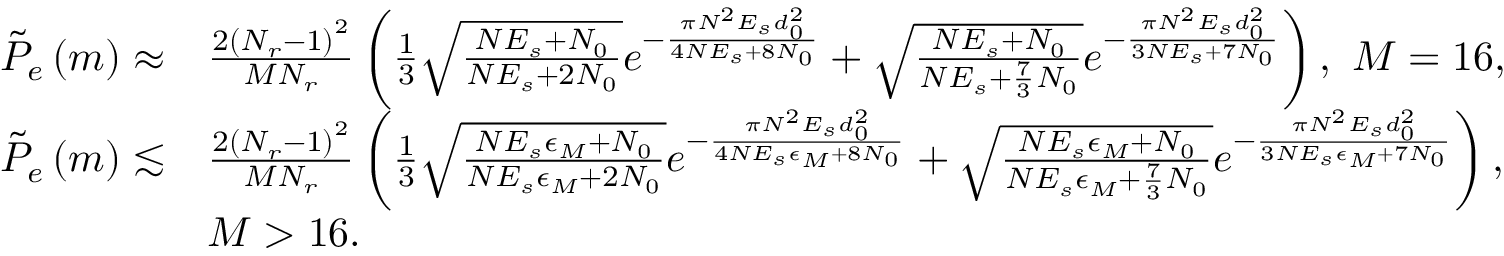
\begin{array} { r l } { \tilde { P } _ { e } \left( m \right) \approx } & { \frac { 2 \left( N _ { r } - 1 \right) ^ { 2 } } { M N _ { r } } \left( \frac { 1 } { 3 } \sqrt { \frac { N E _ { s } + N _ { 0 } } { N E _ { s } + 2 N _ { 0 } } } e ^ { - \frac { \pi N ^ { 2 } E _ { s } d _ { 0 } ^ { 2 } } { 4 N E _ { s } + 8 N _ { 0 } } } + \sqrt { \frac { N E _ { s } + N _ { 0 } } { N E _ { s } + \frac { 7 } { 3 } N _ { 0 } } } e ^ { - \frac { \pi N ^ { 2 } E _ { s } d _ { 0 } ^ { 2 } } { 3 N E _ { s } + 7 N _ { 0 } } } \right) , \ M = 1 6 , } \\ { \tilde { P } _ { e } \left( m \right) \lesssim } & { \frac { 2 \left( N _ { r } - 1 \right) ^ { 2 } } { M N _ { r } } \left( \frac { 1 } { 3 } \sqrt { \frac { N E _ { s } \epsilon _ { M } + N _ { 0 } } { N E _ { s } \epsilon _ { M } + 2 N _ { 0 } } } e ^ { - \frac { \pi N ^ { 2 } E _ { s } d _ { 0 } ^ { 2 } } { 4 N E _ { s } \epsilon _ { M } + 8 N _ { 0 } } } + \sqrt { \frac { N E _ { s } \epsilon _ { M } + N _ { 0 } } { N E _ { s } \epsilon _ { M } + \frac { 7 } { 3 } N _ { 0 } } } e ^ { - \frac { \pi N ^ { 2 } E _ { s } d _ { 0 } ^ { 2 } } { 3 N E _ { s } \epsilon _ { M } + 7 N _ { 0 } } } \right) , } \\ & { M > 1 6 . } \end{array}